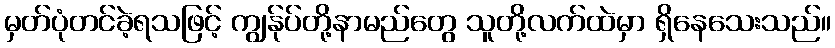
မှတ်ပုံတင်ခဲ့ရသဖြင့် ကျွန်ုပ်တို့နာမည်တွေ သူတို့လက်ထဲမှာ ရှိနေသေးသည်။